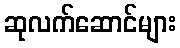
ဆုလက်ဆောင်များ